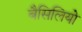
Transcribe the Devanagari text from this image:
बैसिलियो